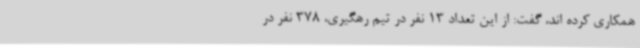
همکاری کرده اند، گفت: از این تعداد 13 نفر در تیم رهگیری، 378 نفر در